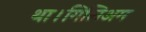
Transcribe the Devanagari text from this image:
था।गिलिअम